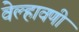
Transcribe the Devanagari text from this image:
वेल्हावणी